Note on the mental hospitals in Burma - 1925-1940
Year: 1925
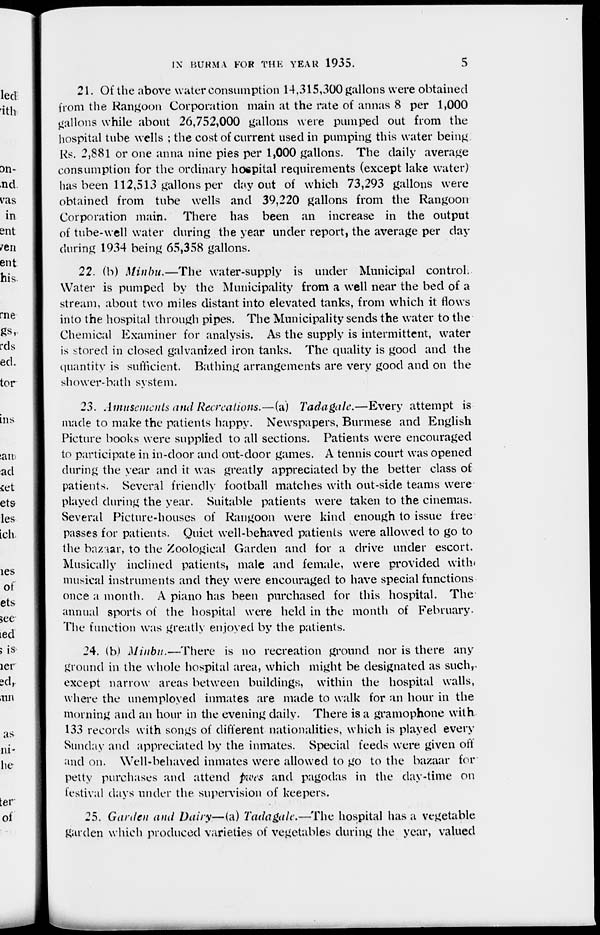
IN BURMA FOR THE YEAR 1935.
5
21. Of the above water consumption 14,315,300 gallons were obtained
from the Rangoon Corporation main at the rate of annas 8 per 1,000
gallons while about 26,752,000 gallons were pumped out from the
hospital tube wells ; the cost of current used in pumping this water being
Rs. 2,881 or one anna nine pies per 1,000 gallons. The daily average
consumption for the ordinary hospital requirements (except lake water)
has been 112,513 gallons per day out of which 73,293 gallons were
obtained from tube wells and 39,220 gallons from the Rangoon
Corporation main. There has been an increase in the output
of tube-well water during the year under report, the average per day
during 1934 being 65,358 gallons.
22. (b) Minbu.—The water-supply is under Municipal control.
Water is pumped by the Municipality from a well near the bed of a
stream, about two miles distant into elevated tanks, from which it flows
into the hospital through pipes. The Municipality sends the water to the
Chemical Examiner for analysis. As the supply is intermittent, water
is stored in closed galvanized iron tanks. The quality is good and the
quantity is sufficient. Bathing arrangements are very good and on the
shower-bath system.
23. Amusements and Recreations.—(a) Tadagale.—Every attempt is
made to make the patients happy. Newspapers, Burmese and English
Picture books were supplied to all sections. Patients were encouraged
to participate in in-door and out-door games. A tennis court was opened
during the year and it was greatly appreciated by the better class of
patients. Several friendly football matches with out-side teams were
played during the year. Suitable patients were taken to the cinemas.
Several Picture-houses of Rangoon were kind enough to issue free
passes for patients. Quiet well-behaved patients were allowed to go to
the bazaar, to the Zoological Garden and for a drive under escort.
Musically inclined patients, male and female, were provided with
musical instruments and they were encouraged to have special functions
once a month. A piano has been purchased for this hospital. The
annual sports of the hospital were held in the month of February.
The function was greatly enjoyed by the patients.
24. (b.) Minbu.—There is no recreation ground nor is there any
ground in the whole hospital area, which might be designated as such,
except narrow areas between buildings, within the hospital walls,
where the unemployed inmates are made to walk for an hour in the
morning and an hour in the evening daily. There is a gramophone with
133 records with songs of different nationalities, which is played every
Sunday and appreciated by the inmates. Special feeds were given off
and on. Well-behaved inmates were allowed to go to the bazaar for
petty purchases and attend pwes and pagodas in the day-time on
festival days under the supervision of keepers.
25. Garden and Dairy—(a) Tadagale.—The hospital has a vegetable
garden which produced varieties of vegetables during the year, valued